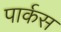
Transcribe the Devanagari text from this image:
पार्कस